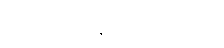
စဉ်းစား နေမိလေသည်။